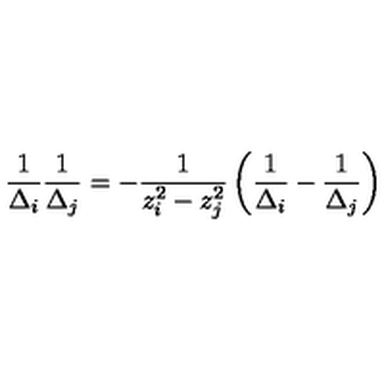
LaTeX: \frac { 1 } { \Delta _ { i } } \frac { 1 } { \Delta _ { j } } = - \frac { 1 } { z _ { i } ^ { 2 } - z _ { j } ^ { 2 } } \left( \frac { 1 } { \Delta _ { i } } - \frac { 1 } { \Delta _ { j } } \right)